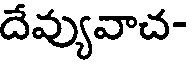
దేవ్యువాచ-